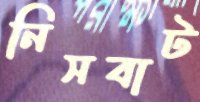
নিসবাট